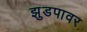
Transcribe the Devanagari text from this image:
झुडपावर